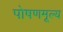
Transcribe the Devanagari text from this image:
पोषणमूल्य